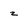
Character: z